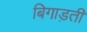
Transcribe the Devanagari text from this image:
बिगाड़ती